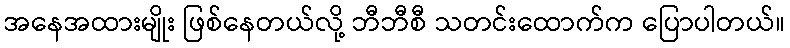
အနေအထားမျိုး ဖြစ်နေတယ်လို့ ဘီဘီစီ သတင်းထောက်က ပြောပါတယ်။